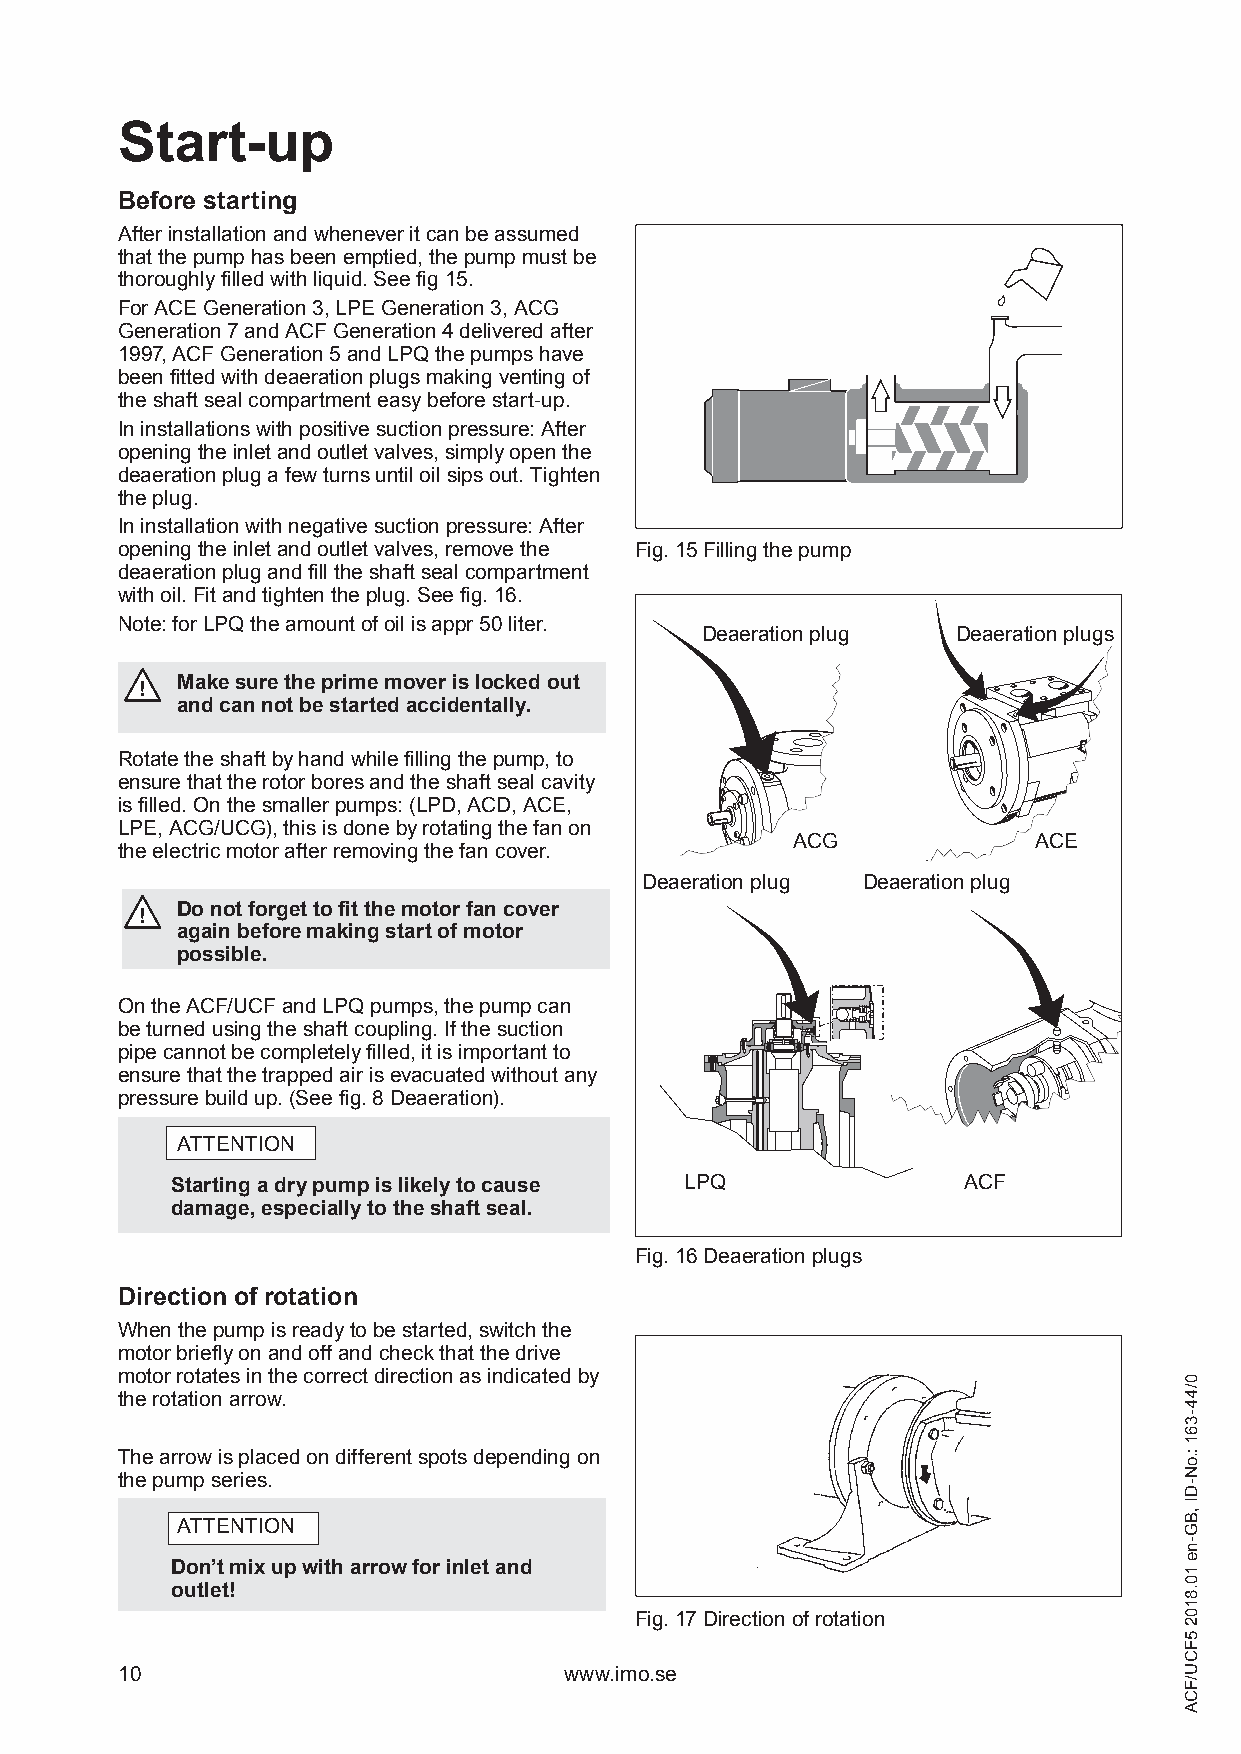
Start-up
 Before starting
 After installation and whenever it can be assumed
 that the pump has been emptied, the pump must be
 thoroughly filled with liquid. See fig 15.
 For ACE Generation 3, LPE Generation 3, ACG
 Generation 7 and ACF Generation 4 delivered after
 1997, ACF Generation 5 and LPQ the pumps have
 been fitted with deaeration plugs making venting of
 the shaft seal compartment easy before start-up.
 In installations with positive suction pressure: After
 opening the inlet and outlet valves, simply open the
 deaeration plug a few turns until oil sips out. Tighten
 the plug.
 In installation with negative suction pressure: After
 opening the inlet and outlet valves, remove the Fig. 15 Filling the pump
 deaeration plug and fill the shaft seal compartment
 with oil. Fit and tighten the plug. See fig. 16.
 Note: for LPQ the amount of oil is appr 50 liter.
 Deaeration plug  Deaeration plugs
 Make sure the prime mover is locked out
 !
 and can not be started accidentally.
 Rotate the shaft by hand while filling the pump, to
 ensure that the rotor bores and the shaft seal cavity
 is filled. On the smaller pumps: (LPD, ACD, ACE,
 LPE, ACG/UCG), this is done by rotating the fan on
 ACG             ACE
 the electric motor after removing the fan cover.
 Deaeration plug Deaeration plug
 Do not forget to fit the motor fan cover
 !
 again before making start of motor
 possible.
 On the ACF/UCF and LPQ pumps, the pump can
 be turned using the shaft coupling. If the suction
 pipe cannot be completely filled, it is important to
 ensure that the trapped air is evacuated without any
 pressure build up. (See fig. 8 Deaeration).
 ATTENTION
 Starting a dry pump is likely to cause LPQ           ACF
 damage, especially to the shaft seal.
 Fig. 16 Deaeration plugs
 Direction of rotation
 When the pump is ready to be started, switch the
 motor briefly on and off and check that the drive
 motor rotates in the correct direction as indicated by
 the rotation arrow.
 The arrow is placed on different spots depending on
 the pump series.
 ATTENTION
 Don’t mix up with arrow for inlet and
 outlet!
 Fig. 17 Direction of rotation
 10                           www.imo.se
 BA OMI
 0/44-361
 :.oN-DI
 ,BG-ne
 10.8102
 5FCU/FCA